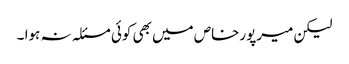
لیکن میرپورخاص میں بھی کوئی مسئلہ نہ ہوا ۔